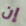
إن